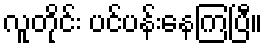
လူတိုင်း ပင်ပန်းနေကြပြီ။